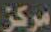
مركز